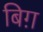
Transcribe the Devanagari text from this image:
बिग़